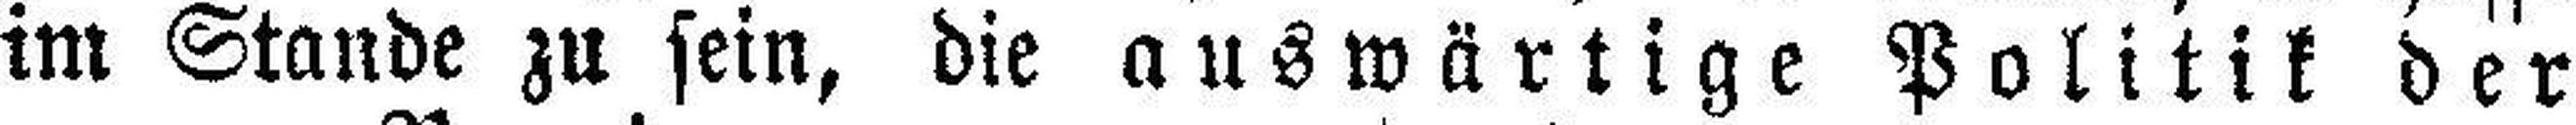
im Stande zu sein, die auswärtige Politik der